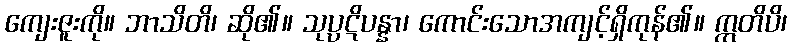
ကျေးဇူးကို။ ဘာသိတိ၊ ဆို၏။ သုပ္ပဋိပန္နာ၊ ကောင်းသောအကျင့်ရှိကုန်၏။ ဣတိပိ၊